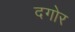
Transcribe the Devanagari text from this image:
दगोर